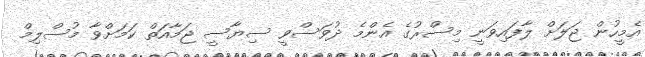
އެމީހުން ޖަލަށް ލާފައިވަނީ މިސްރުގެ އެންމެ ދުވަސްވީ ސިޔާސީ ޖަމާއަތް ކަމަށްވާ މުސްލިމް